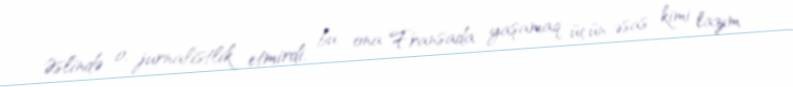
Əslində o, jurnalistlik etmirdi, bu, ona Fransada yaşamaq üçün əsas kimi lazım